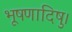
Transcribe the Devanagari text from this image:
भूषणादिषु।